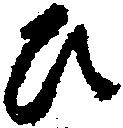
ひ